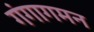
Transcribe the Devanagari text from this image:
गंगागमन